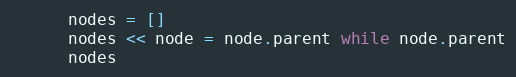
Language: Ruby
      nodes = []
      nodes << node = node.parent while node.parent
      nodes